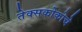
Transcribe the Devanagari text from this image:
तेक्सकोकोचे